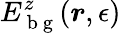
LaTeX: E_{\mathrm{~b~g~}}^{z}(\boldsymbol{r},\epsilon)